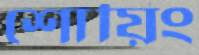
শোয়িং